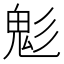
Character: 鬽